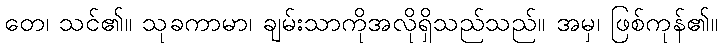
တေ၊ သင်၏။ သုခကာမာ၊ ချမ်းသာကိုအလိုရှိသည်သည်။ အမှ၊ ဖြစ်ကုန်၏။